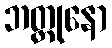
ဘတ္တုနော